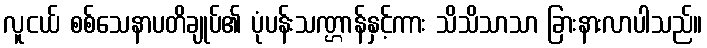
လူငယ် စစ်သေနာပတိချုပ်၏ ပုံပန်းသဏ္ဌာန်နှင့်ကား သိသိသာသာ ခြားနားလာပါသည်။